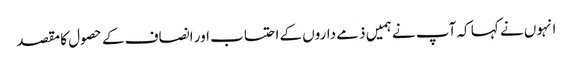
انہوں نے کہا کہ آپ نے ہمیں ذمے داروں کے احتساب اور انصاف کے حصول کا مقصد